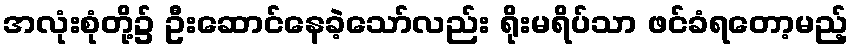
အလုံးစုံတို့၌ ဦးဆောင်နေခဲ့သော်လည်း ရိုးမရိပ်သာ ဖင်ခံရတော့မည့်